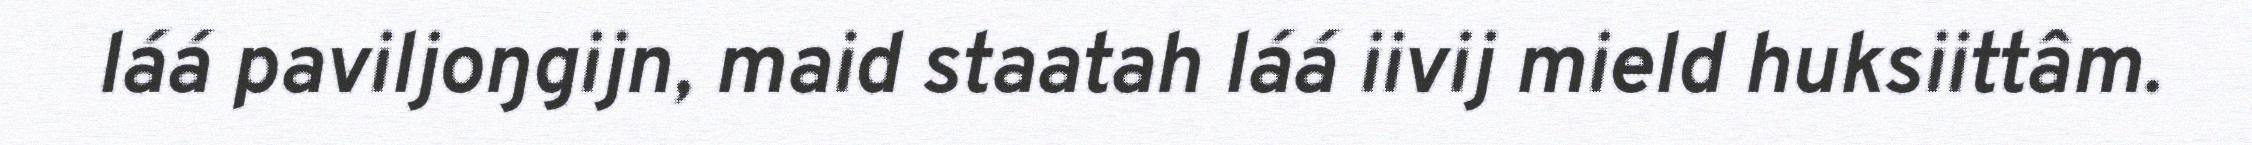
láá paviljoŋgijn, maid staatah láá iivij mield huksiittâm.